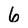
Character: 6